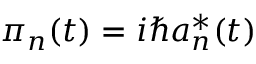
\pi _ { n } ( t ) = i \hbar a _ { n } ^ { * } ( t )